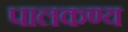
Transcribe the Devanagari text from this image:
पालकण्य